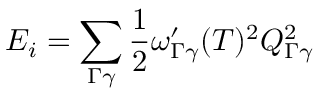
E _ { i } = \sum _ { \Gamma \gamma } \frac { 1 } { 2 } \omega _ { \Gamma \gamma } ^ { \prime } ( T ) ^ { 2 } Q _ { \Gamma \gamma } ^ { 2 }